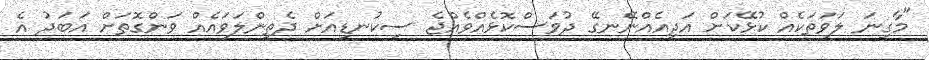
"މާގިނަ ލަވަތަކެއް ކުޅޭކަށް އަދިއެއްނޭނގޭ ދުވަސްކޮޅެއްވެއްޖެ ސިކުނޑިއަށް ދެތިންލަވައެއް ވަންގޮތަށް އަބަދު އެ